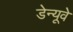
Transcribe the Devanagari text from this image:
डेन्यूवे